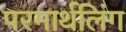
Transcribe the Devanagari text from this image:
परमार्थलिंग